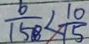
\frac { 6 } { 1 5 8 } < \frac { 1 0 } { 1 5 }